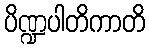
ပိဏ္ဍပါတိကာတိ